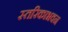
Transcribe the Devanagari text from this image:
स्तरिकाभवन